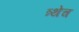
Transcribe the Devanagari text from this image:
त्र्थेच